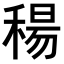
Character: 𥠜